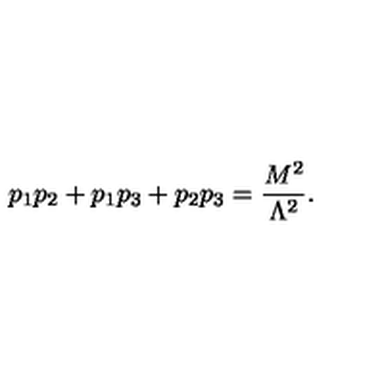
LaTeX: p _ { 1 } p _ { 2 } + p _ { 1 } p _ { 3 } + p _ { 2 } p _ { 3 } = \frac { M ^ { 2 } } { \Lambda ^ { 2 } } .